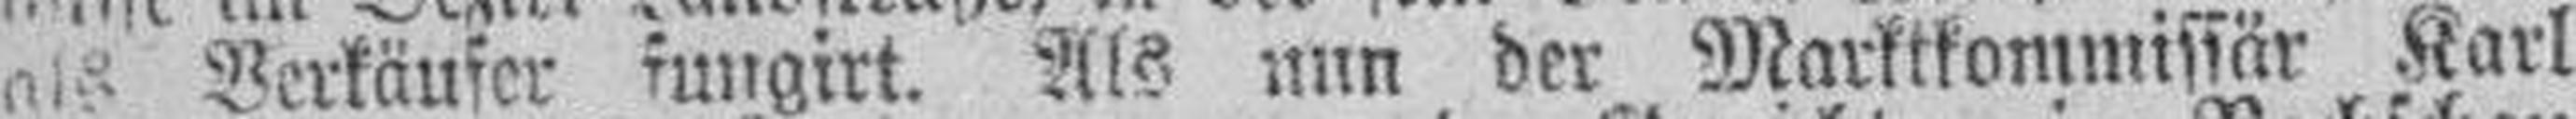
als Verkäufer fungirt. Als nun der Marktkommissär Karl